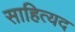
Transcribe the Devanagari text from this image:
साहित्यद